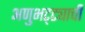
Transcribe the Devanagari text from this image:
अणुभट्ट्याची